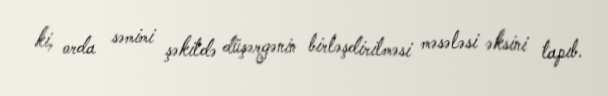
ki, orda səmimi şəkildə düşərgənin birləşdirilməsi məsələsi əksini tapıb.